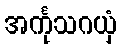
အင်္ကုသဂယှံ